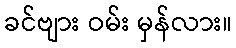
ခင်ဗျား ဝမ်း မှန်လား။